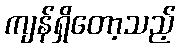
ကျန်ရှိတော့သည့်